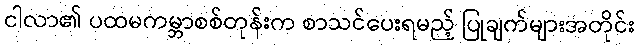
ငါလာ၏ ပထမကမ္ဘာစစ်တုန်းက စာသင်ပေးရမည့် ပြုချက်များအတိုင်း